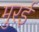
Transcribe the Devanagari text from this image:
मुरई